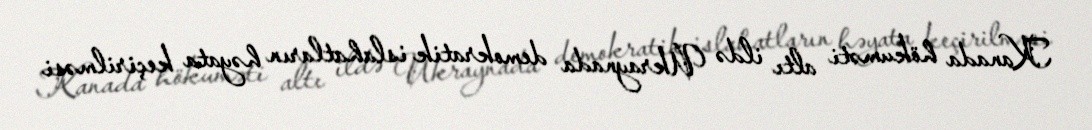
Kanada hökuməti altı ildə Ukraynada demokratik islahatların həyata keçirilməsi